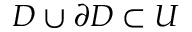
D \cup \partial D \subset U